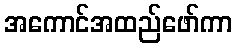
အကောင်အထည်ဖော်ကာ